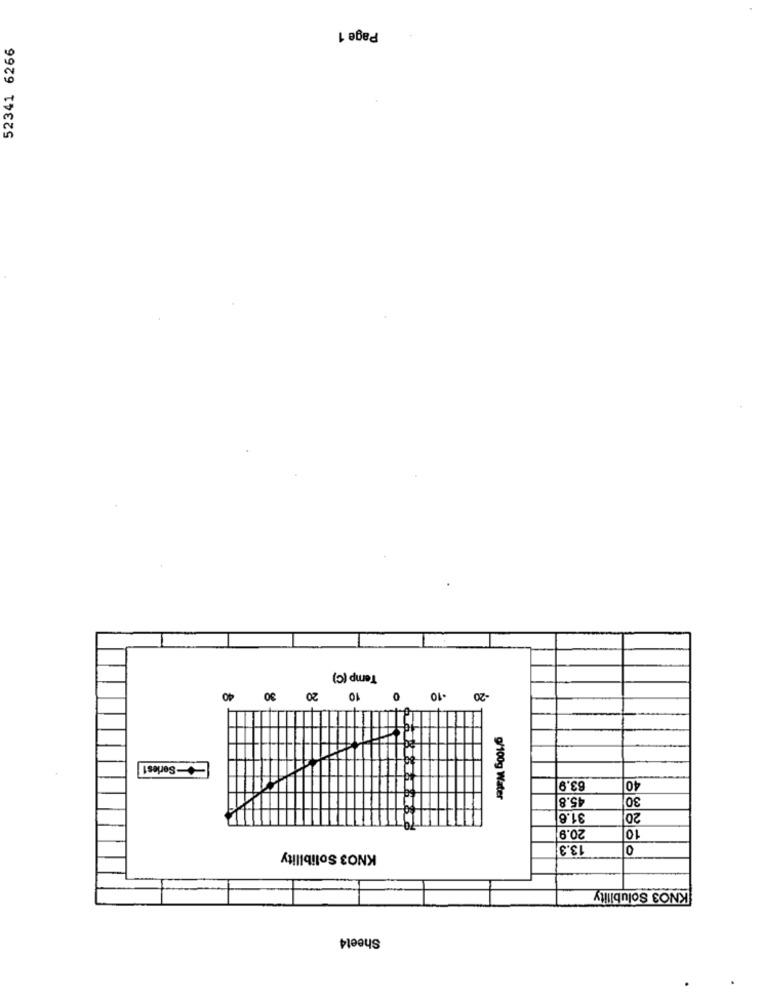
Page 1
52341 6266
Temp (C)
10 20 30 40
0
-20 .10
-Series1
83.9
45.8
30
g/100g Water
31.6
20
20.9
10
13.3
0
KNO3 Solibility
KNO3 Solubility
Sheet4